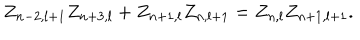
Z _ { n - 2 , l + 1 } Z _ { n + 3 , l } + Z _ { n + 1 , l } Z _ { n , l + 1 } = Z _ { n , l } Z _ { n + 1 , l + 1 } .